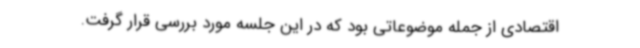
اقتصادی از جمله موضوعاتی بود که در این جلسه مورد بررسی قرار گرفت.